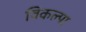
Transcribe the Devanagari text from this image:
विकल्पा